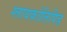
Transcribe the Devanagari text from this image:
ग्लायकोलिपिड